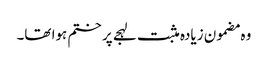
وہ مضمون زیادہ مثبت لہجے پر ختم ہوا تھا۔